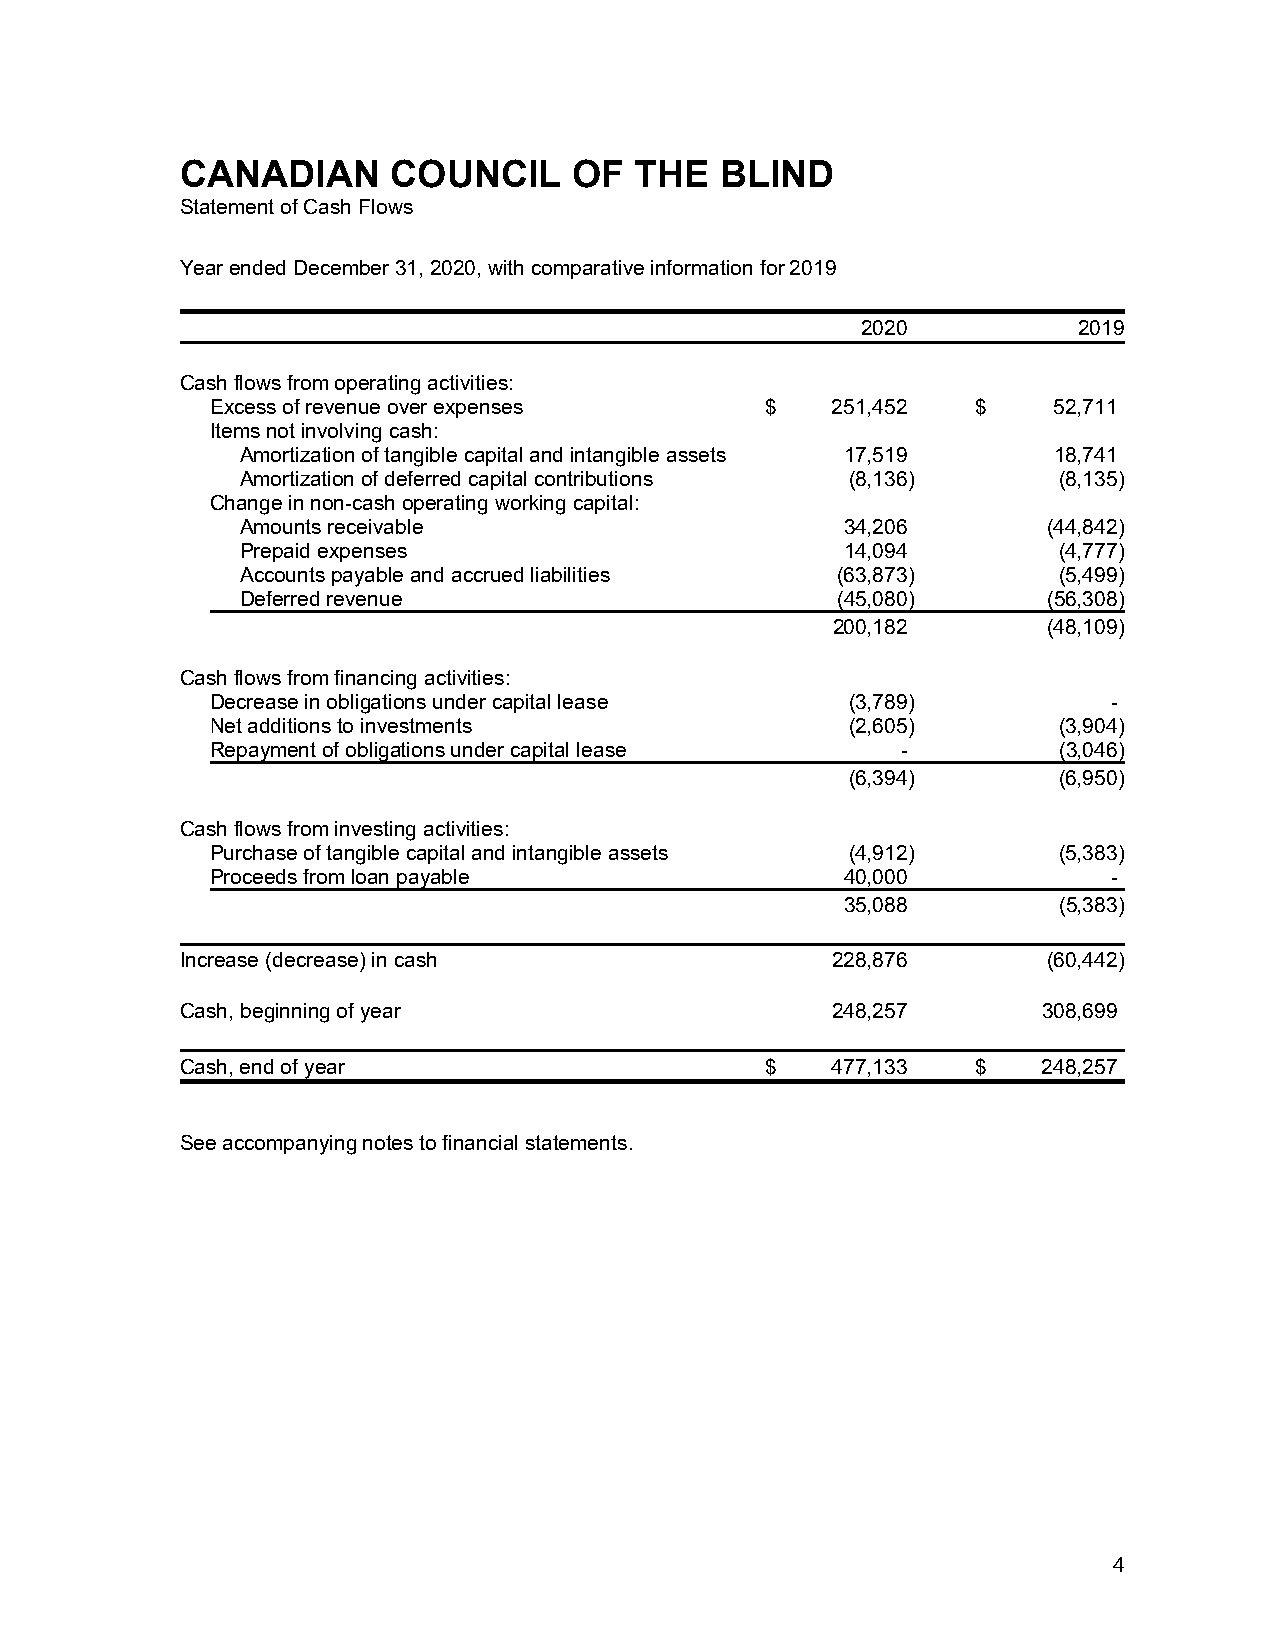
CANADIAN      COUNCIL     OF  THE   BLIND
 Statement of Cash Flows
 Year ended December 31, 2020, with comparative information for 2019
 2020          2019
 Cash flows from operating activities:
 Excess of revenue over expenses      $   251,452   $    52,711
 Items not involving cash:
 Amortization of tangible capital and intangible assets 17,519 18,741
 Amortization of deferred capital contributions (8,136) (8,135)
 Change in non-cash operating working capital:
 Amounts receivable                      34,206       (44,842)
 Prepaid expenses                        14,094        (4,777)
 Accounts payable and accrued liabilities (63,873)     (5,499)
 Deferred revenue                       (45,080)      (56,308)
 200,182       (48,109)
 Cash flows from financing activities:
 Decrease in obligations under capital lease (3,789)         -
 Net additions to investments              (2,605)       (3,904)
 Repayment of obligations under capital lease  -         (3,046)
 (6,394)       (6,950)
 Cash flows from investing activities:
 Purchase of tangible capital and intangible assets (4,912) (5,383)
 Proceeds from loan payable                40,000            -
 35,088        (5,383)
 Increase (decrease) in cash                228,876       (60,442)
 Cash, beginning of year                    248,257       308,699
 Cash, end of year                      $   477,133   $   248,257
 See accompanying notes to financial statements.
 4